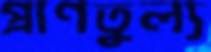
প্রাণতুল্য